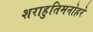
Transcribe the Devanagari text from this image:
शराहुतिमनोहरे